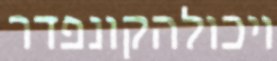
ויכולהקונפדר